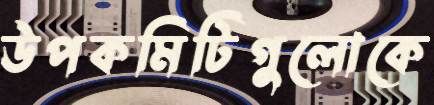
উপকমিটিগুলোকে